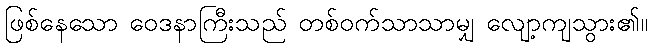
ဖြစ်နေသော ဝေဒနာကြီးသည် တစ်ဝက်သာသာမျှ လျော့ကျသွား၏။